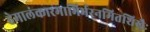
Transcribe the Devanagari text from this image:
हेमालंकारभाभिर्भरनमितशिखैः